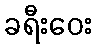
ခရီးဝေး